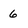
Character: 6